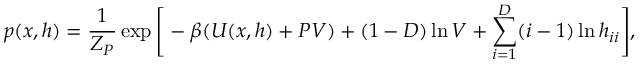
p ( x , h ) = \frac { 1 } { Z _ { P } } \exp \Bigg [ - \beta ( U ( x , h ) + P V ) + ( 1 - D ) \ln { V } + \sum _ { i = 1 } ^ { D } ( i - 1 ) \ln { h _ { i i } } \Bigg ] ,